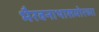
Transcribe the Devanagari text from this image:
भैरवनाथासमोरच्या